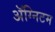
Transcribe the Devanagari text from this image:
ॲग्निटम